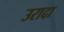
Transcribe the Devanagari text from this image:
उरादा